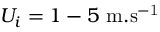
U _ { i } = 1 - 5 ~ \mathrm { m . s ^ { - 1 } }